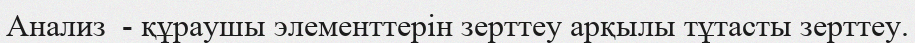
Анализ  - құраушы элементтерін зерттеу арқылы тұтасты зерттеу.